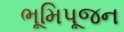
ભૂમિપૂજન